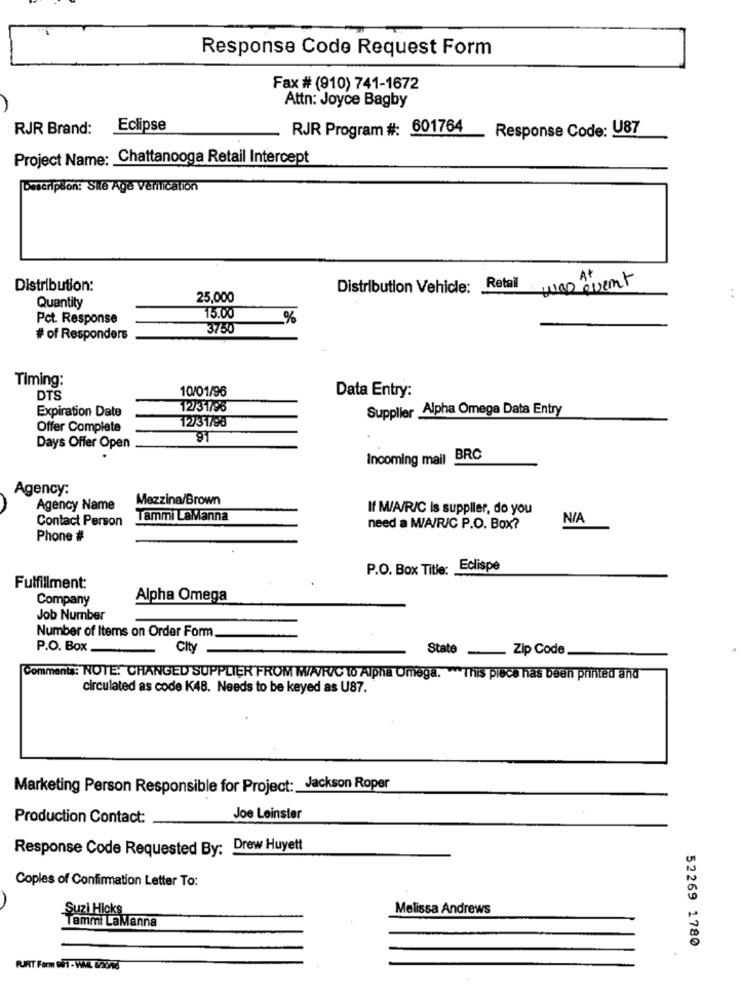
Response Code Request Form
Fax # (910) 741-1672
Attn: Joyce Bagby
RJR Brand:
Eclipse
RJR Program #: 601764
Response Code: U87
Project Name: Chattanooga Retail Intercept
Description: Sile Age Verification
A+
Distribution:
Distribution Vehicle: Retail
was event
Quantity
25,000
Pct. Response
15.00
.%
3750
# of Responders
Timing:
10/01/96
DTS
Data Entry:
Expiration Date
12/31/96
Supplier Alpha Omega Data Entry
12/31/98
Offer Complete
91
Days Offer Open
Incoming mail BRC
Agency:
Mezzina/Brown
Agency Name
If M/A/R/C is suppller, do you
Contact Person
Tammi LaManna
need a M/A/R/C P.O. Box?
Phone #
P.O. Box Title: Eclispe
Fulfillment:
Company
Alpha Omega
Job Number
Number of Items on Order Form
P.O. Box_
City
State Zip Code
Comments: NOTE: CHANGED SUPPLIER FROM WWA/R/C to Alpha Omega. This piece has been printed and
circulated as code K48. Needs to be keyed as U87.
Marketing Person Responsible for Project: _ Jackson Roper
Production Contact:
Joe Leinster
Response Code Requested By: Drew Huyett
Copies of Confirmation Letter To:
Suzi Hicks
Melissa Andrews
Tammi LaManna
52269 1780
RJRT Form SiFi - WIL 82076